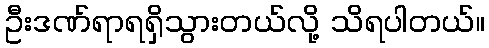
ဦးဒဏ်ရာရရှိသွားတယ်လို့ သိရပါတယ်။